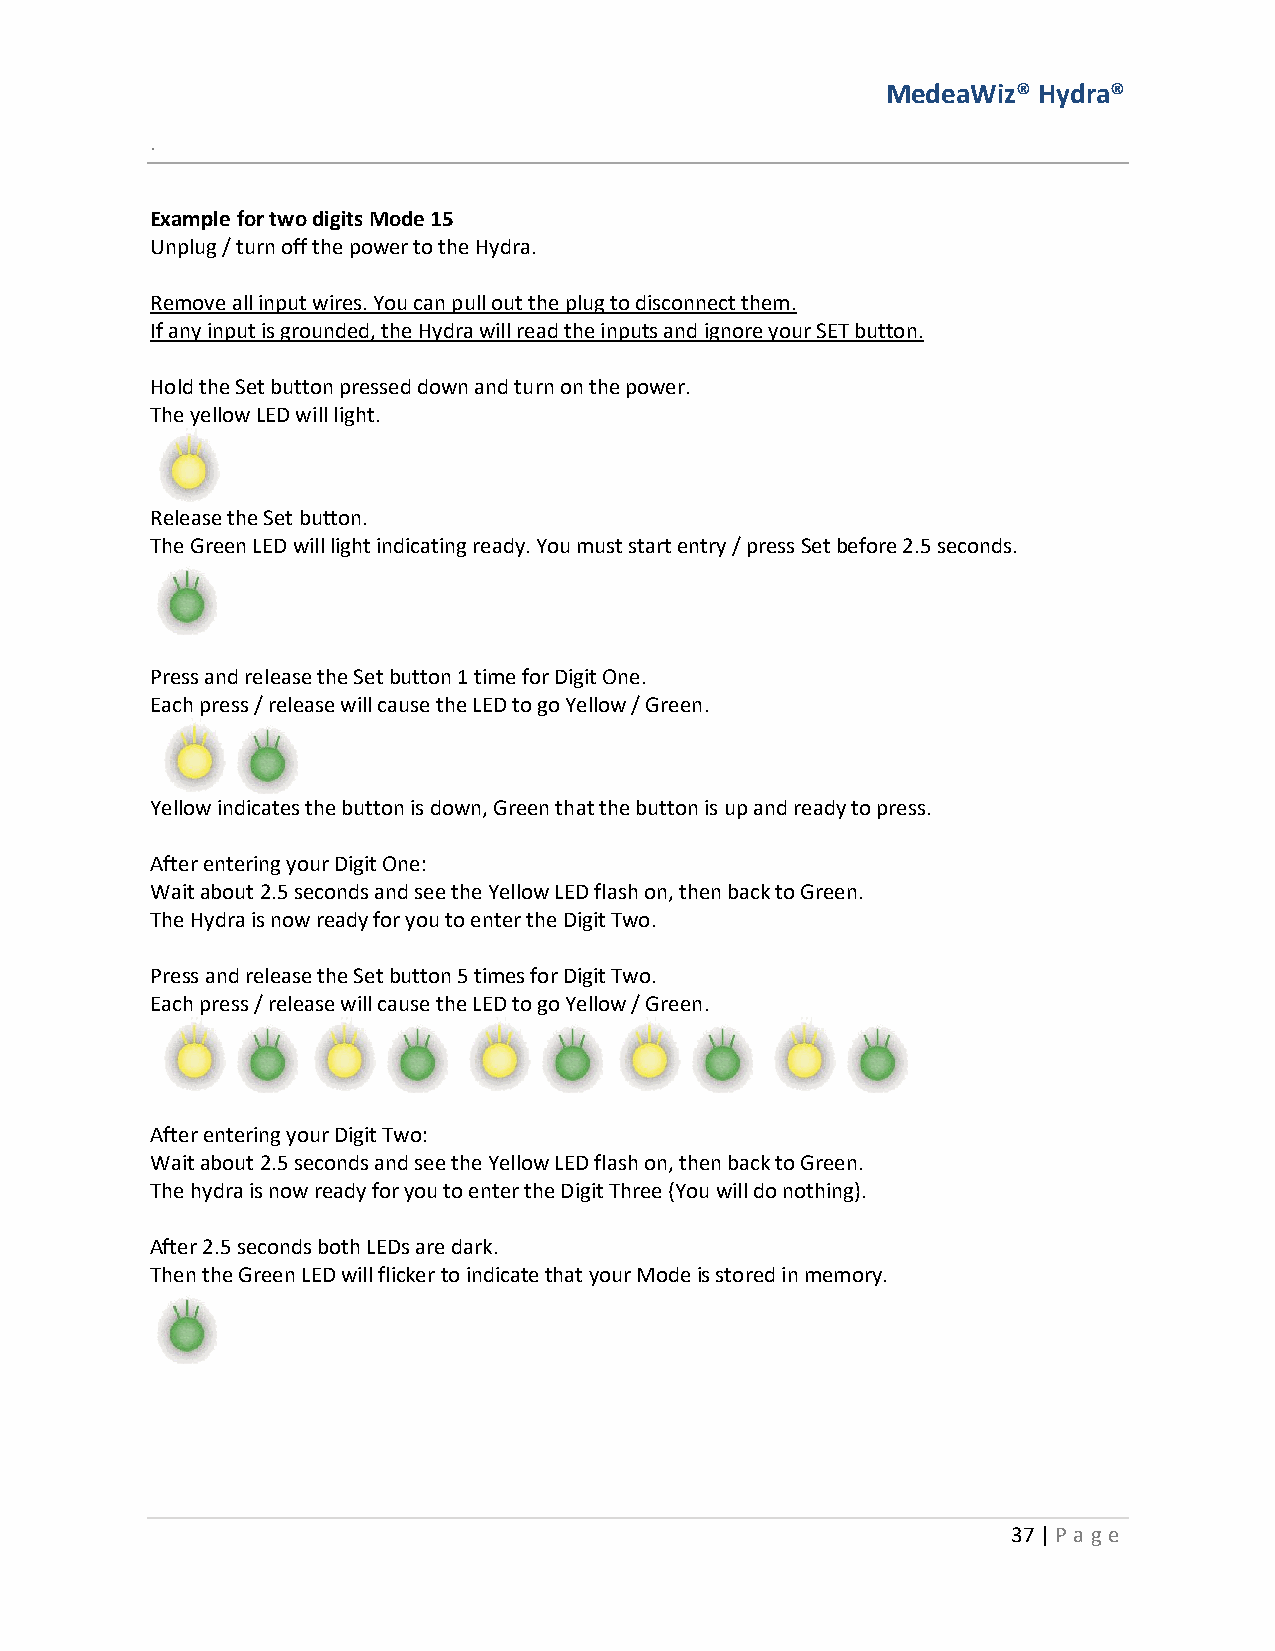
MedeaWiz® Hydra®
 .
 Example for two digits Mode 15
 Unplug / turn off the power to the Hydra.
 Remove all input wires. You can pull out the plug to disconnect them.
 If any input is grounded, the Hydra will read the inputs and ignore your SET button.
 Hold the Set button pressed down and turn on the power.
 The yellow LED will light.
 Release the Set button.
 The Green LED will light indicating ready. You must start entry / press Set before 2.5 seconds.
 Press and release the Set button 1 time for Digit One.
 Each press / release will cause the LED to go Yellow / Green.
 Yellow indicates the button is down, Green that the button is up and ready to press.
 After entering your Digit One:
 Wait about 2.5 seconds and see the Yellow LED flash on, then back to Green.
 The Hydra is now ready for you to enter the Digit Two.
 Press and release the Set button 5 times for Digit Two.
 Each press / release will cause the LED to go Yellow / Green.
 After entering your Digit Two:
 Wait about 2.5 seconds and see the Yellow LED flash on, then back to Green.
 The hydra is now ready for you to enter the Digit Three (You will do nothing).
 After 2.5 seconds both LEDs are dark.
 Then the Green LED will flicker to indicate that your Mode is stored in memory.
 37 | P age